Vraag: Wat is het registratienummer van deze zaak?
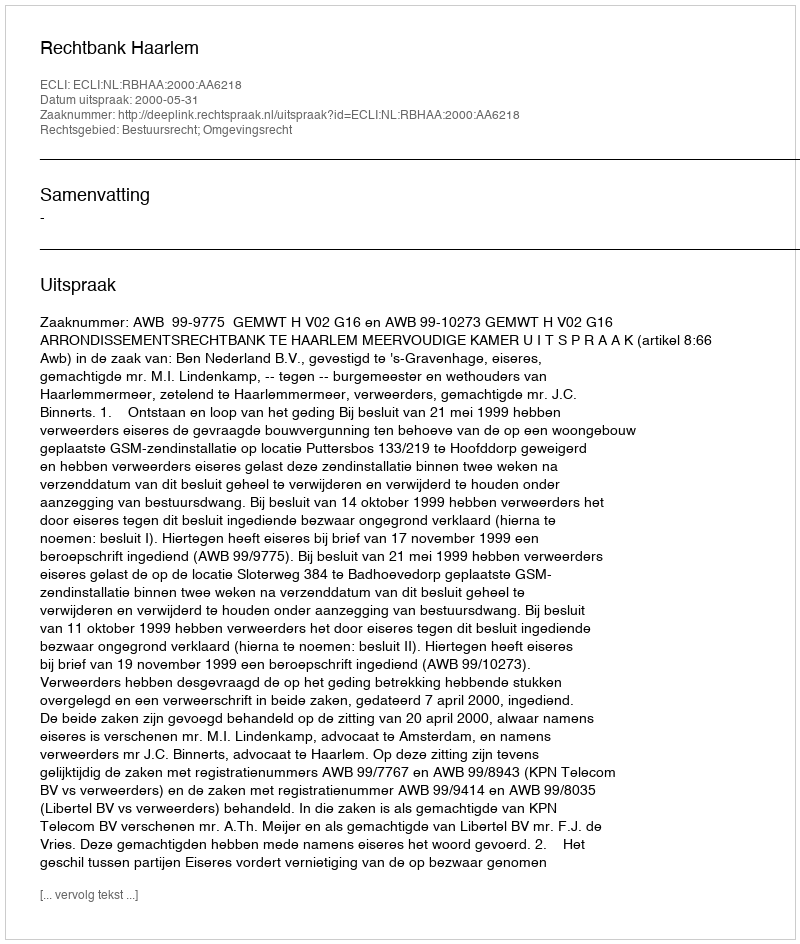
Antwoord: http://deeplink.rechtspraak.nl/uitspraak?id=ECLI:NL:RBHAA:2000:AA6218